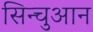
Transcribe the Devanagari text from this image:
सिन्चुआन